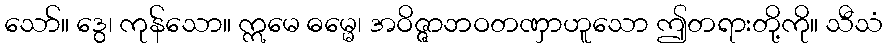
သော်။ ဒွေ၊ ကုန်သော။ ဣမေ ဓမ္မေ၊ အဝိဇ္ဇာဘဝတဏှာဟူသော ဤတရားတို့ကို။ သီသံ